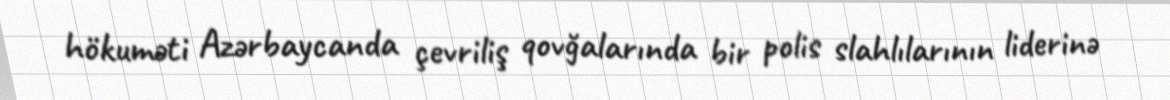
hökuməti Azərbaycanda çevriliş qovğalarında bir polis slahlılarının liderinə